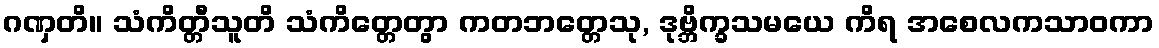
ဂဏှတိ။ သံကိတ္တီသူတိ သံကိတ္တေတွာ ကတဘတ္တေသု, ဒုဗ္ဘိက္ခသမယေ ကိရ အစေလကသာဝကာ